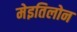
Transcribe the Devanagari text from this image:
मेइतिलोन